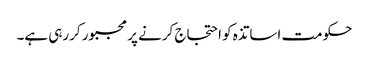
حکومت اساتذہ کو احتجاج کرنے پر مجبور کررہی ہے۔